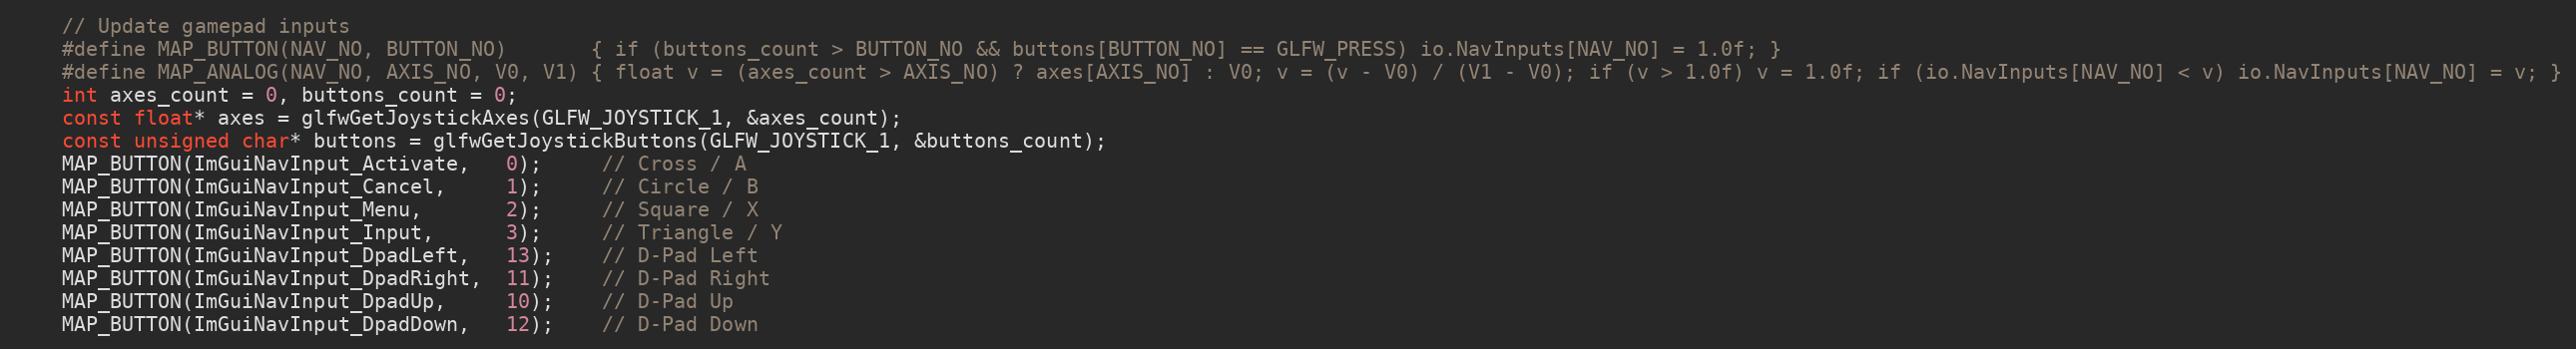
Language: C++
    // Update gamepad inputs
    #define MAP_BUTTON(NAV_NO, BUTTON_NO)       { if (buttons_count > BUTTON_NO && buttons[BUTTON_NO] == GLFW_PRESS) io.NavInputs[NAV_NO] = 1.0f; }
    #define MAP_ANALOG(NAV_NO, AXIS_NO, V0, V1) { float v = (axes_count > AXIS_NO) ? axes[AXIS_NO] : V0; v = (v - V0) / (V1 - V0); if (v > 1.0f) v = 1.0f; if (io.NavInputs[NAV_NO] < v) io.NavInputs[NAV_NO] = v; }
    int axes_count = 0, buttons_count = 0;
    const float* axes = glfwGetJoystickAxes(GLFW_JOYSTICK_1, &axes_count);
    const unsigned char* buttons = glfwGetJoystickButtons(GLFW_JOYSTICK_1, &buttons_count);
    MAP_BUTTON(ImGuiNavInput_Activate,   0);     // Cross / A
    MAP_BUTTON(ImGuiNavInput_Cancel,     1);     // Circle / B
    MAP_BUTTON(ImGuiNavInput_Menu,       2);     // Square / X
    MAP_BUTTON(ImGuiNavInput_Input,      3);     // Triangle / Y
    MAP_BUTTON(ImGuiNavInput_DpadLeft,   13);    // D-Pad Left
    MAP_BUTTON(ImGuiNavInput_DpadRight,  11);    // D-Pad Right
    MAP_BUTTON(ImGuiNavInput_DpadUp,     10);    // D-Pad Up
    MAP_BUTTON(ImGuiNavInput_DpadDown,   12);    // D-Pad Down